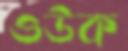
ওউক